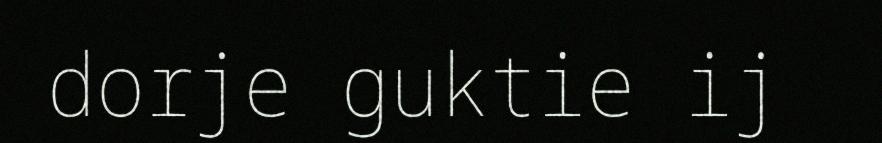
dorje guktie ij